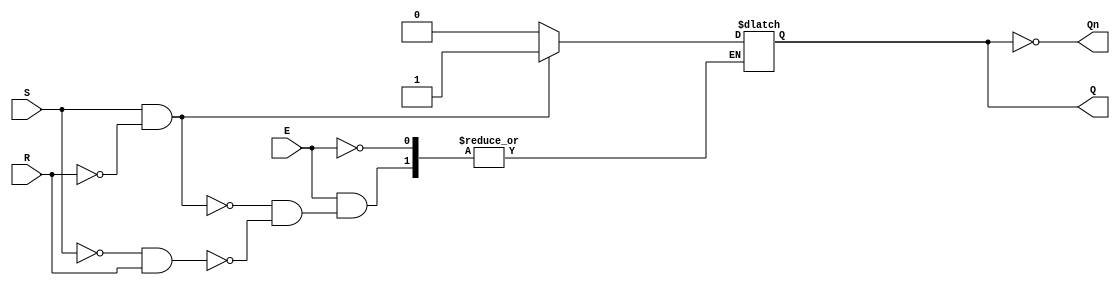
module gated_sr_latch (
    input wire S,      // Set input
    input wire R,      // Reset input
    input wire E,      // Enable input
    output reg Q,      // Output Q
    output wire Qn     // Complementary output Q'
);

    assign Qn = ~Q;    // Q' is the inverse of Q

    always @(E, S, R) begin
        if (E) begin
            if (S && !R) begin
                Q <= 1;  // Set Q to 1
            end else if (!S && R) begin
                Q <= 0;  // Reset Q to 0
            end else if (S && R) begin
                // Invalid state (S = 1, R = 1), typically do nothing or can add a warning
                // Q retains its previous value
            end
            // If S = 0 and R = 0, maintain the current state of Q
        end
        // If E = 0, do nothing, Q retains its previous value
    end

endmodule